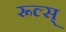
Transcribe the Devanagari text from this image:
रूल्स्